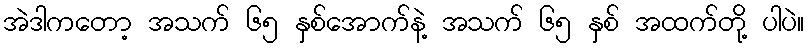
အဲဒါကတော့ အသက် ၆၅ နှစ်အောက်နဲ့ အသက် ၆၅ နှစ် အထက်တို့ ပါပဲ။